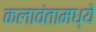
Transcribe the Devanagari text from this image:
कलावंतामध्ये